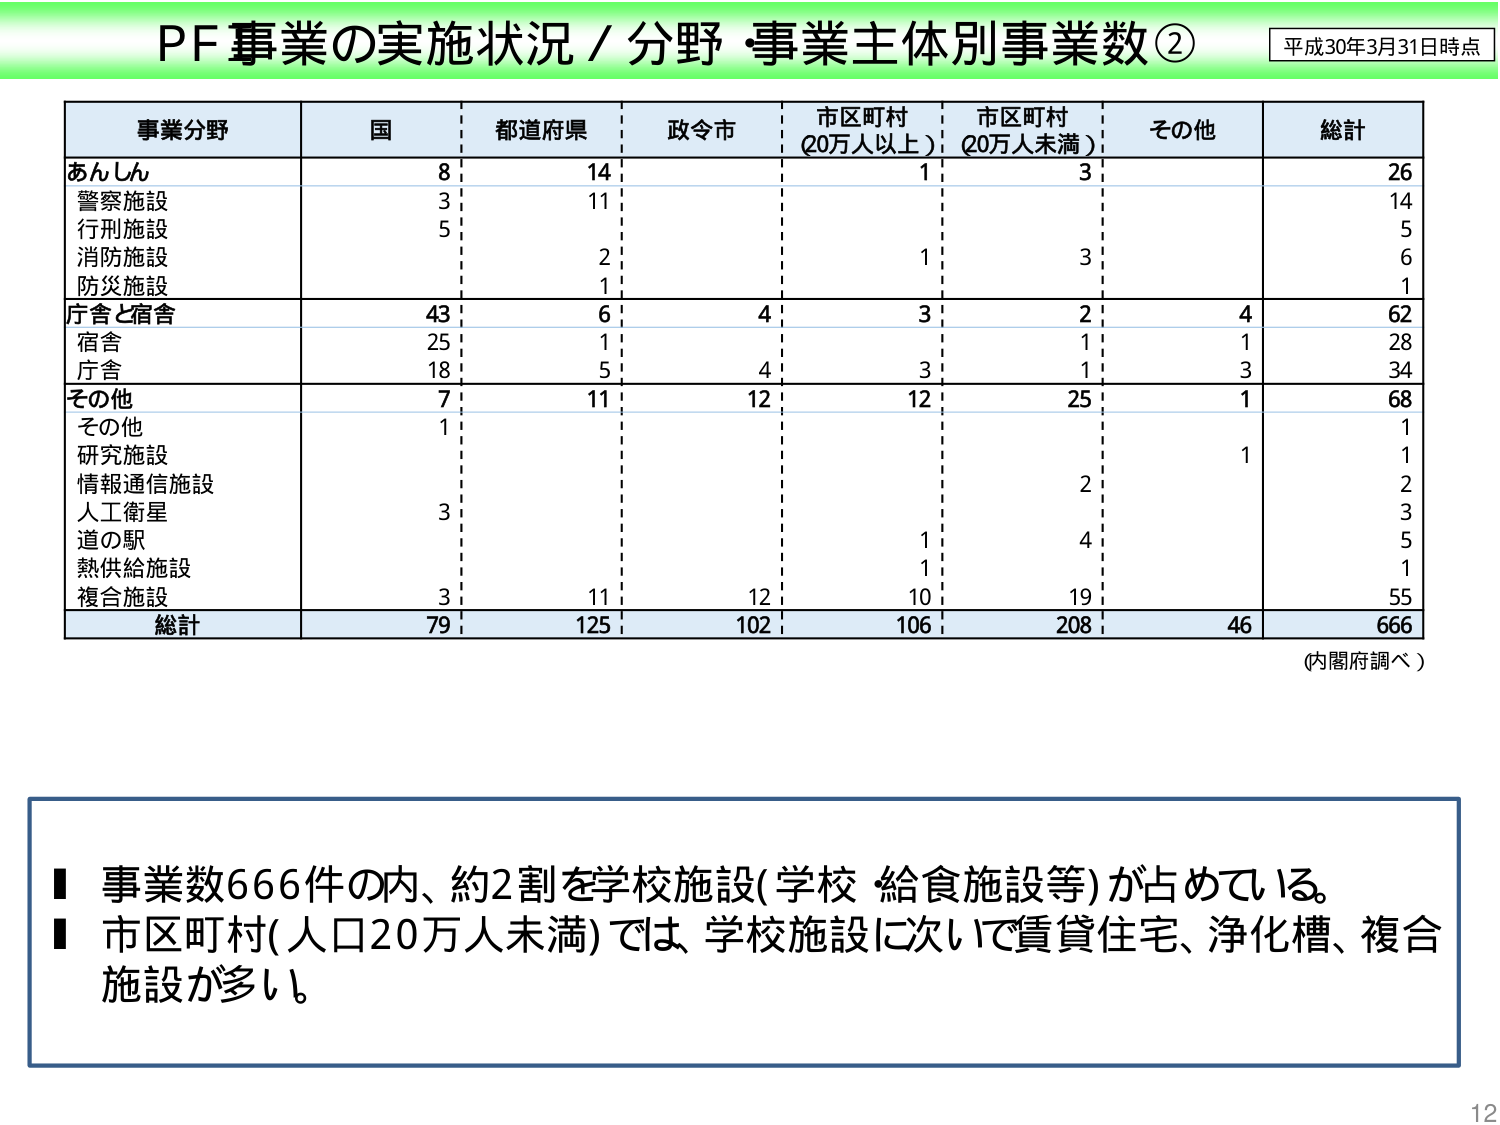
PF事業の実施状況／分野・事業主体別事業数②
平成30年3月31日時点

事業分野 国 都道府県 政令市 市区町村（20万人以上） 市区町村（20万人未満） その他 総計
あんしん 8 14 1 3 26
警察施設 3 11 14
行刑施設 5 5
消防施設 2 1 3 6
防災施設 1 1
庁舎と宿舎 43 6 4 3 2 4 62
宿舎 25 1 1 1 28
庁舎 18 5 4 3 1 3 34
その他 7 11 12 12 25 1 68
その他 1 1
研究施設 1
情報通信施設 2 2
人工衛星 3 3
道の駅 1 4 5
熱供給施設 1 1
複合施設 3 11 12 10 19 55
総計 79 125 102 106 208 46 666
（内閣府調べ）

■ 事業数666件の内、約2割を学校施設（学校 給食施設等）が占めている。
■ 市区町村（人口20万人未満）では、学校施設に次いで賃貸住宅、浄化槽、複合施設が多い。

12